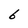
Character: b